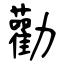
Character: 勸